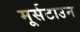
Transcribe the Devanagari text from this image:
मूर्सटाउन